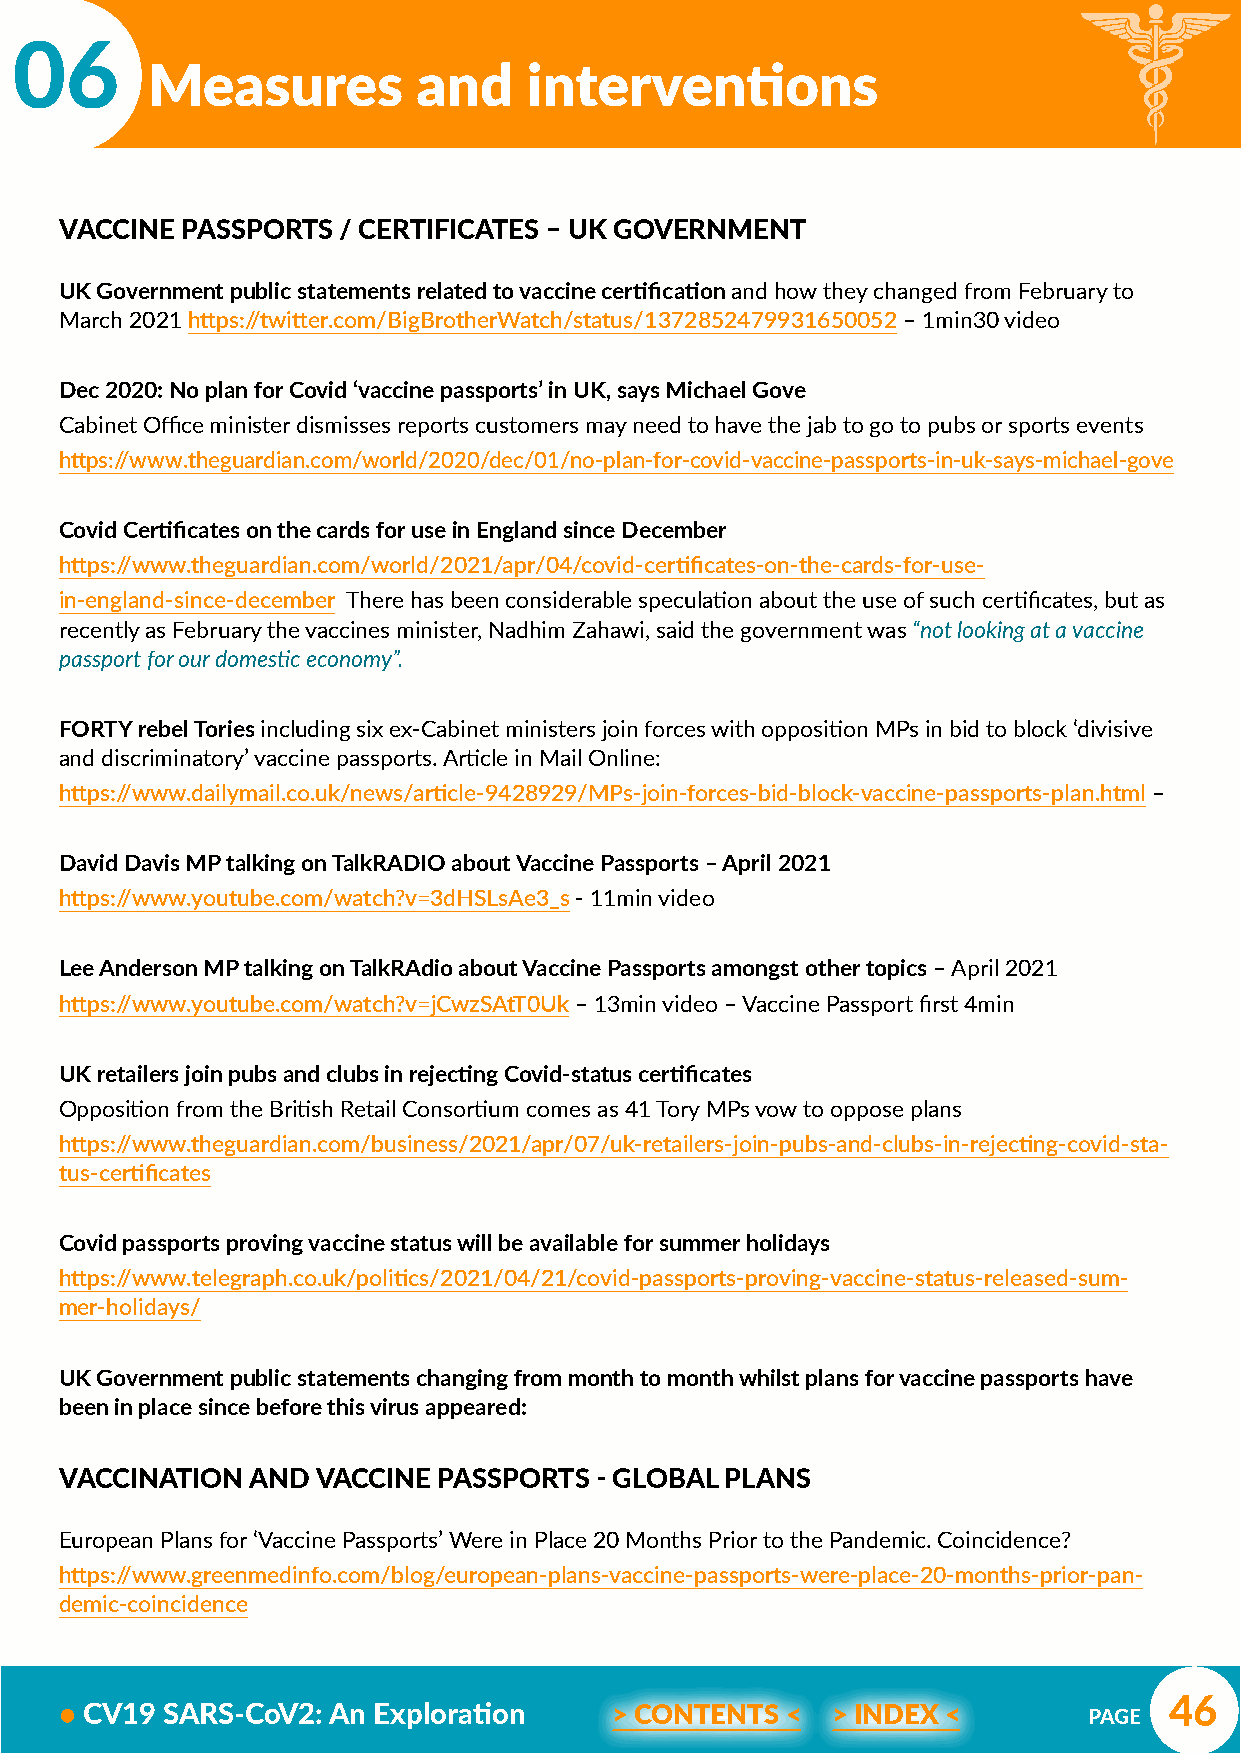
06
 Measures          and    interventions
 VACCINE PASSPORTS / CERTIFICATES – UK GOVERNMENT
 UK Government public statements related to vaccine certification and how they changed from February to
 March 2021 https://twitter.com/BigBrotherWatch/status/1372852479931650052 – 1min30 video
 Dec 2020: No plan for Covid ‘vaccine passports’ in UK, says Michael Gove
 Cabinet Office minister dismisses reports customers may need to have the jab to go to pubs or sports events
 https://www.theguardian.com/world/2020/dec/01/no-plan-for-covid-vaccine-passports-in-uk-says-michael-gove
 Covid Certificates on the cards for use in England since December
 https://www.theguardian.com/world/2021/apr/04/covid-certificates-on-the-cards-for-use-
 in-england-since-december There has been considerable speculation about the use of such certificates, but as
 recently as February the vaccines minister, Nadhim Zahawi, said the government was “not looking at a vaccine
 passport for our domestic economy”.
 FORTY rebel Tories including six ex-Cabinet ministers join forces with opposition MPs in bid to block ‘divisive
 and discriminatory’ vaccine passports. Article in Mail Online:
 https://www.dailymail.co.uk/news/article-9428929/MPs-join-forces-bid-block-vaccine-passports-plan.html –
 David Davis MP talking on TalkRADIO about Vaccine Passports – April 2021
 https://www.youtube.com/watch?v=3dHSLsAe3_s - 11min video
 Lee Anderson MP talking on TalkRAdio about Vaccine Passports amongst other topics – April 2021
 https://www.youtube.com/watch?v=jCwzSAtT0Uk – 13min video – Vaccine Passport first 4min
 UK retailers join pubs and clubs in rejecting Covid-status certificates
 Opposition from the British Retail Consortium comes as 41 Tory MPs vow to oppose plans
 https://www.theguardian.com/business/2021/apr/07/uk-retailers-join-pubs-and-clubs-in-rejecting-covid-sta-
 tus-certificates
 Covid passports proving vaccine status will be available for summer holidays
 https://www.telegraph.co.uk/politics/2021/04/21/covid-passports-proving-vaccine-status-released-sum-
 mer-holidays/
 UK Government public statements changing from month to month whilst plans for vaccine passports have
 been in place since before this virus appeared:
 VACCINATION  AND VACCINE PASSPORTS - GLOBAL PLANS
 European Plans for ‘Vaccine Passports’ Were in Place 20 Months Prior to the Pandemic. Coincidence?
 https://www.greenmedinfo.com/blog/european-plans-vaccine-passports-were-place-20-months-prior-pan-
 demic-coincidence
 46
 • CV19 SARS-CoV2: An Exploration     > CONTENTS <  > INDEX <        PAGE